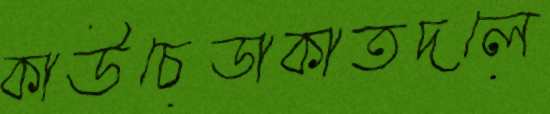
কাউচেডাকাতদলে